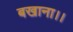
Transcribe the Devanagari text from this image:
बखाना।।